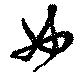
女